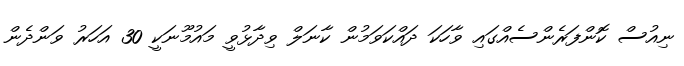
ނިއުސް ކޮންފަރެންސެއްގައި ވާހަކަ ދައްކަވަމުން ކާނަލް ވިދާޅުވީ މައުމޫނަކީ 30 އަހަރު ވަންދެން